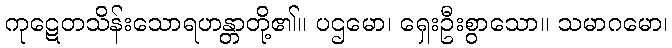
ကုဋေတသိန်းသောရဟန္တာတို့၏။ ပဌမော၊ ရှေးဦးစွာသော။ သမာဂမော၊